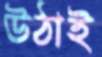
উঠাই